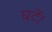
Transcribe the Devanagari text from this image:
घटें।